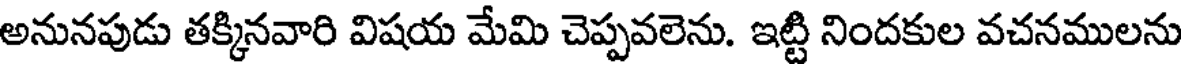
అనునపుడు తక్కినవారి విషయ మేమి చెప్పవలెను. ఇట్టి నిందకుల వచనములను